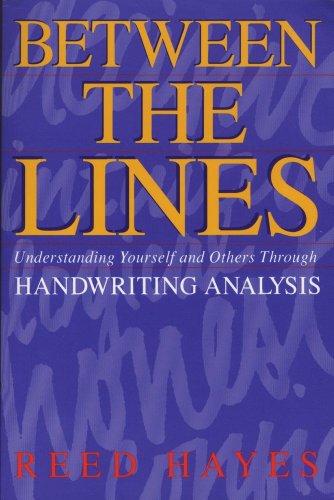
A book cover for Between the Lines: Understanding Yourself and Others Through Handwriting Analysis (Destiny Books S); Reed Hayes; Self-Help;